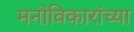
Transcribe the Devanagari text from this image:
मनोविकारांच्या